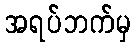
အရပ်ဘက်မှ